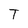
Character: T